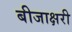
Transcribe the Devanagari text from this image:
बीजाक्षरी